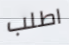
اطلب